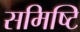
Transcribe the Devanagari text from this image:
समिष्टि